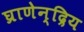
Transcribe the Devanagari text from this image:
घ्राणेन्द्रिय